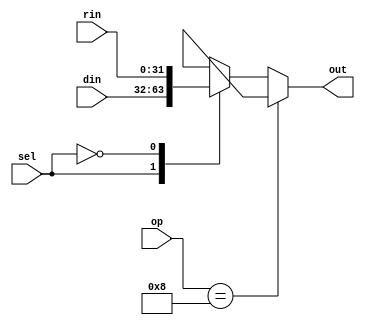
module ldr_mux(sel,din,rin,out,op);
input [31:0] rin,din;
input sel;
input [3:0]op;
output reg [31:0] out;


always @ *
begin
if (op==4'b1000)
begin
out = 32'bx;
end
else
begin
case(sel)

1'b1: out = din; // select = 1 ouput is LDR data from ram
1'b0: out = rin; // select = 0 output = result from the alu

endcase
end
end
endmodule